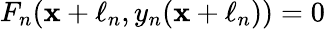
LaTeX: F_{n}(\mathbf{x}+\ell_{n},y_{n}(\mathbf{x}+\ell_{n}))=0